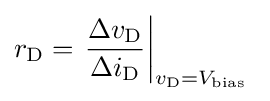
r_{\text{D}}=\left.{\frac {\Delta v_{\text{D}}}{\Delta i_{\text{D}}}}\right|_{v_{\text{D}}=V_{\text{bias}}}\